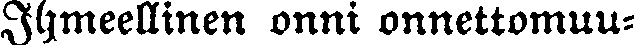
Ihmeellinen onni onnettomuu-